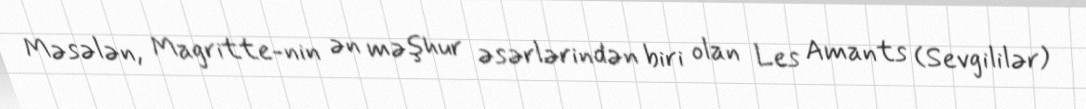
Məsələn, Magritte-nin ən məşhur əsərlərindən biri olan Les Amants (Sevgililər)